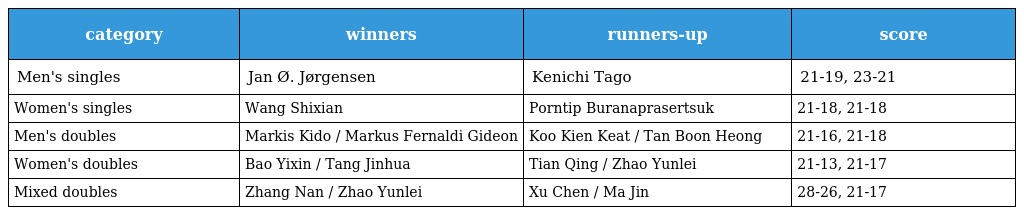
| category | winners | runners-up | score |
 | --- | --- | --- | --- |
 | Men's singles | Jan Ø. Jørgensen | Kenichi Tago | 21-19, 23-21 |
 | Women's singles | Wang Shixian | Porntip Buranaprasertsuk | 21-18, 21-18 |
 | Men's doubles | Markis Kido / Markus Fernaldi Gideon | Koo Kien Keat / Tan Boon Heong | 21-16, 21-18 |
 | Women's doubles | Bao Yixin / Tang Jinhua | Tian Qing / Zhao Yunlei | 21-13, 21-17 |
 | Mixed doubles | Zhang Nan / Zhao Yunlei | Xu Chen / Ma Jin | 28-26, 21-17 |